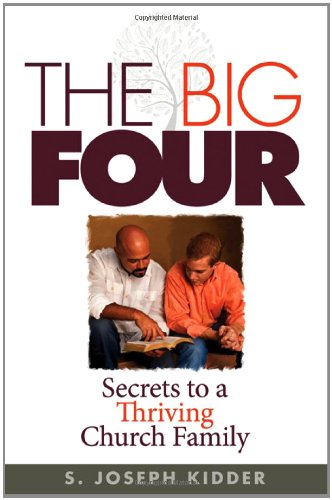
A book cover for The Big Four: Secrets to a Thriving Church Family; S. Joseph Kidder; Christian Books & Bibles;